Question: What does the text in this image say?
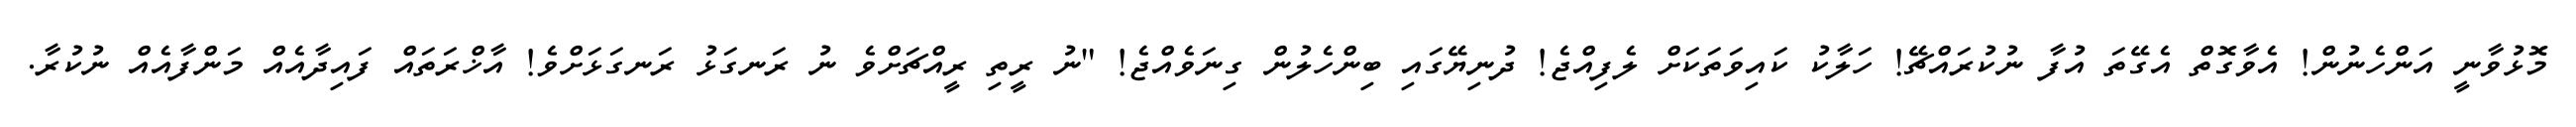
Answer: މޮޅުވާނީ އަންހެނުން! އެވާގޮތް އެގޭތަ އުފާ ނުކުރައްޗޭ! ހަލާކު ކައިވަތަކަށް ލެފިއްޖެ! ދުނިޔޭގައި ބިންހެލުން ގިނަވެއްޖެ! "ނު ރީތި ރީއްޗަށްވެ ނު ރަނގަޅު ރަނގަޅަށްވެ! އާޚްރަތައް ފައިދާއެއް މަންފާއެއް ނުކުރާ.